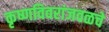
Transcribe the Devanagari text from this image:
कृष्णविवरांजवळचे